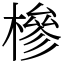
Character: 槮